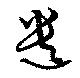
遺